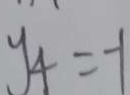
y _ { 4 } = - 1